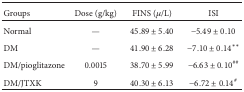
<table><thead><tr><td><b>Groups</b></td><td><b>Dose (g/kg)</b></td><td><b>FINS (<i>μ</i>/L)</b></td><td><b>ISI</b></td></tr></thead><tbody><tr><td>Normal</td><td>—</td><td>45.89 ± 5.40</td><td>−5.49 ± 0.10</td></tr><tr><td>DM</td><td>—</td><td>41.90 ± 6.28</td><td>−7.10 ± 0.14**</td></tr><tr><td>DM/pioglitazone</td><td>0.0015</td><td>38.70 ± 5.99</td><td>−6.63 ± 0.10<sup>##</sup></td></tr><tr><td>DM/JTXK</td><td>9</td><td>40.30 ± 6.13</td><td>−6.72 ± 0.14<sup>#</sup></td></tr></tbody></table>